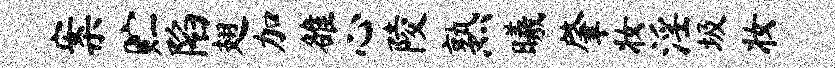
案贮陷翅加雒心陵熟曦肇妆淫圾妆